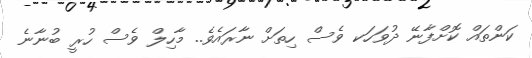
ކަންތައް ކޮށްފާނޭ ދުވަހަކ ވެސް ހިތަށް ނާރައެވެ.. މާހިލް ވެސް ހުރީ ބުނާނެ